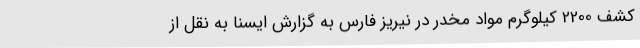
کشف 2200 کیلوگرم مواد مخدر در نیریز فارس به گزارش ایسنا به نقل از